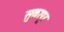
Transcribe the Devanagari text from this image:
सुकापूर